Indian journal of veterinary science and animal husbandry - Volume 11,
Year: 1941
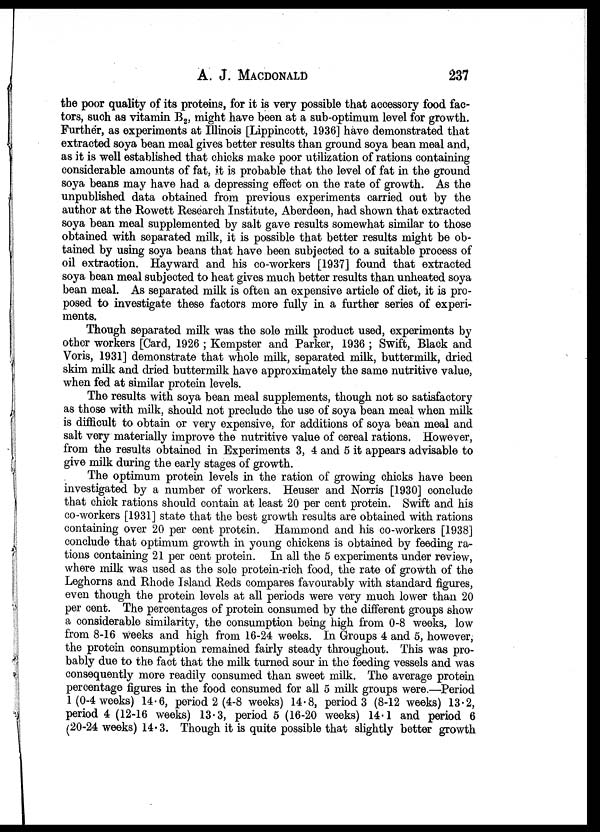
A. J.
MACDONALD
237
the poor quality of its proteins, for it is very possible that accessory food fac-
tors, such as vitamin B 2 , might have been at a sub-optimum level for growth.
Further, as experiments at Illinois [Lippincott, 1936] have demonstrated that
extracted soya bean meal gives better results than ground soya bean meal and,
as it is well established that chicks make poor utilization of rations containing
considerable amounts of fat, it is probable that the level of fat in the ground
soya beans may have had a depressing effect on the rate of growth. As the
unpublished data obtained from previous experiments carried out by the
author at the Rowett Research Institute, Aberdeen, had shown that extracted
soya bean meal supplemented by salt gave results somewhat similar to those
obtained with separated milk, it is possible that better results might be ob-
tained by using soya beans that have been subjected to a suitable process of
oil extraction. Hayward and his co-workers [1937] found that extracted
soya bean meal subjected to heat gives much better results than unheated soya
bean meal. As separated milk is often an expensive article of diet, it is pro-
posed to investigate these factors more fully in a further series of experi-
ments.
Though separated milk was the sole milk product used, experiments by
other workers [Card, 1926 ; Kempster and Parker, 1936 ; Swift, Black and
Voris, 1931] demonstrate that whole milk, separated milk, buttermilk, dried
skim milk and dried buttermilk have approximately the same nutritive value,
when fed at similar protein levels.
The results with soya bean meal supplements, though not so satisfactory
as those with milk, should not preclude the use of soya bean meal when milk
is difficult to obtain or very expensive, for additions of soya bean meal and
salt very materially improve the nutritive value of cereal rations. However,
from the results obtained in Experiments 3, 4 and 5 it appears advisable to
give milk during the early stages of growth.
The optimum protein levels in the ration of growing chicks have been
investigated by a number of workers. Heuser and Norris [1930] conclude
that chick rations should contain at least 20 per cent protein. Swift and his
co-workers [1931] state that the best growth results are obtained with rations
containing over 20 per cent protein. Hammond and his co-workers [1938]
conclude that optimum growth in young chickens is obtained by feeding ra-
tions containing 21 per cent protein. In all the 5 experiments under review,
where milk was used as the sole protein-rich food, the rate of growth of the
Leghorns and Rhode Island Reds compares favourably with standard figures,
even though the protein levels at all periods were very much lower than 20
per cent. The percentages of protein consumed by the different groups show
a considerable similarity, the consumption being high from 0-8 weeks, low
from 8-16 weeks and high from 16-24 weeks. In Groups 4 and 5, however,
the protein consumption remained fairly steady throughout. This was pro-
bably due to the fact that the milk turned sour in the feeding vessels and was
consequently more readily consumed than sweet milk. The average protein
percentage figures in the food consumed for all 5 milk groups were.—Period
1(0-4 weeks) 14.6, period 2 (4-8 weeks) 14.8, period 3 (8-12 weeks) 13.2,
period 4 (12-16 weeks) 13.3, period 5 (16-20 weeks) 14.1 and period 6
(20-24 weeks) 14.3. Though it is quite possible that slightly better growth